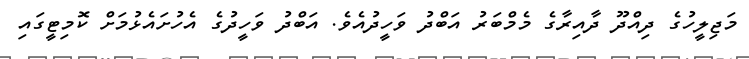
މަޖިލީހުގެ ދިއްދޫ ދާއިރާގެ މެމްބަރު އަބްދު ވަހީދުއެވެ. އަބްދު ވަހީދުގެ އެހުށައެޅުމަށް ކޮމިޓީގައި